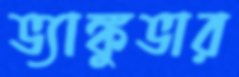
ভ্যাঙ্কুভার